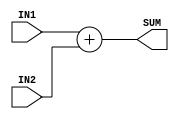
//Adds result of partial product to accumulator value

module Adder(IN1,IN2,SUM);

input [15:0]IN1; 
input[15:0]IN2;
output reg [16:0]SUM;
//reg [14:0]w;
//integer i;

always @(*) 
  begin
/*
    for (i= 0; i<=14; i= i+1) 
      begin
        {w[i],Sum[i]} = PP[i] + Acc[i];		//bit by bit behavioural? use for loop
      end
    {Sum[16],Sum[15]} = PP[15]+Acc[15];
*/
    SUM = IN1+IN2;
  end

endmodule